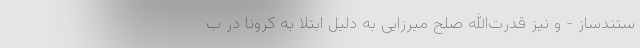
ستندساز - و نیز قدرت‌الله صلح میرزایی به دلیل ابتلا به کرونا در ب